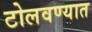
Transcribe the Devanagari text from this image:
टोलवण्यात